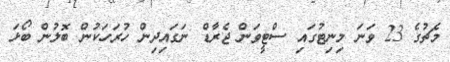
މެޗުގެ 23 ވަނަ މިނިޓުގައި ސްޓީވަން ޖެރާޑް ނަގައިދިން ހުރަހަކުން ބޮލުން ބޯޅަ